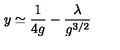
y \simeq \frac { 1 } { 4 g } - \frac { \lambda } { g ^ { 3 / 2 } }